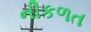
નીકળત